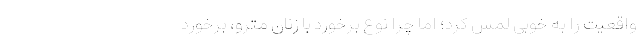
واقعیت را به خوبی لمس کرد؛ اما چرا نوع برخورد با زنان مترو، برخورد